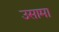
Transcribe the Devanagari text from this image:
उसामा